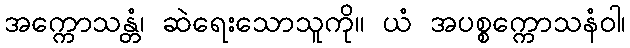
အက္ကောသန္တံ၊ ဆဲရေးသောသူကို။ ယံ အပစ္စက္ကောသနံဝါ၊